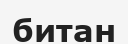
битан